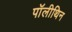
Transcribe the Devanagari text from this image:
पॉलीथिन